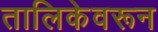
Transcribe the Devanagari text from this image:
तालिकेवरून